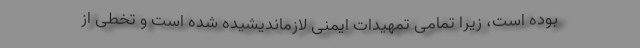
بوده است، زیرا تمامی تمهیدات ایمنی لازماندیشیده شده است و تخطی از